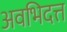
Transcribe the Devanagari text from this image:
अवभिदत्त